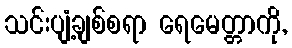
သင်းပျံ့ချစ်စရာ ရေမေတ္တာကို,